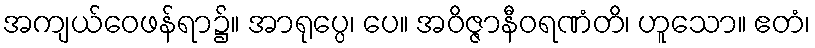
အကျယ်ဝေဖန်ရာ၌။ အာရုပ္ပေ၊ ပေ။ အဝိဇ္ဇာနီဝရဏံတိ၊ ဟူသော။ ဧတံ၊